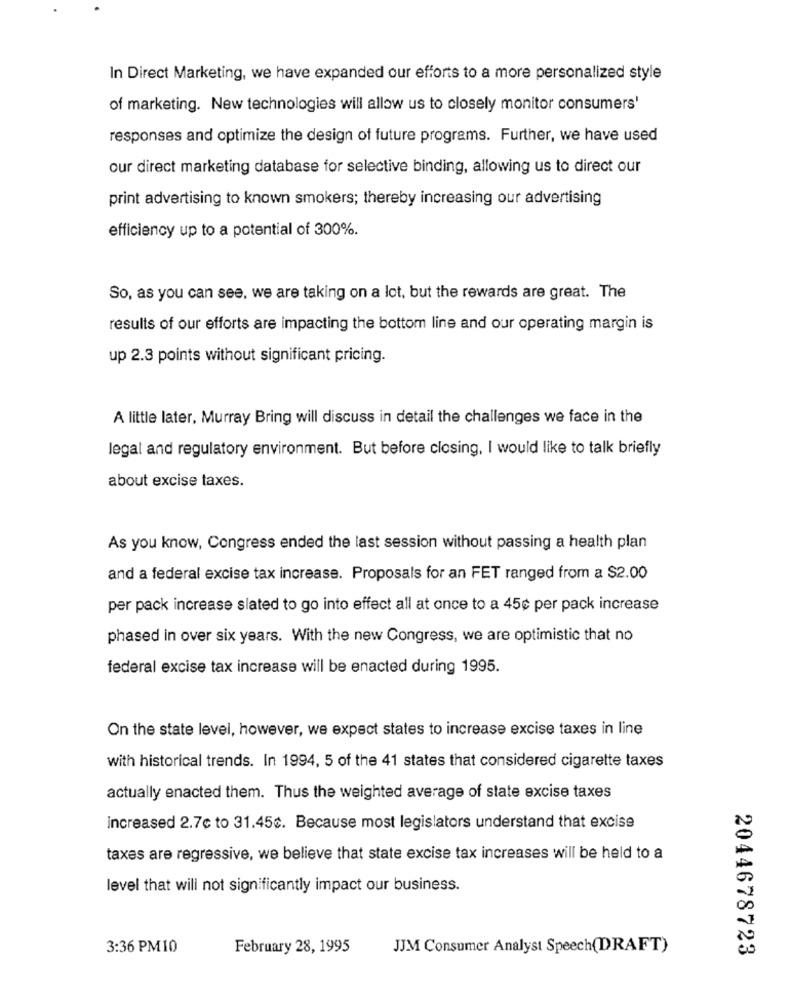
In Direct Marketing, we have expanded our efforts to a more personalized style
of marketing. New technologies will allow us to closely monitor consumers'
responses and optimize the design of future programs. Further, we have used
our direct marketing database for selective binding, allowing us to direct our
print advertising to known smokers; thereby increasing our advertising
efficiency up to a potential of 300%.
So, as you can see, we are taking on a lot, but the rewards are great. The
results of our efforts are impacting the bottom line and our operating margin is
up 2.3 points without significant pricing.
A little later, Murray Bring will discuss in detail the challenges we face in the
legal and regulatory environment. But before closing, I would like to talk briefly
about excise taxes.
As you know, Congress ended the last session without passing a health plan
and a federal excise tax increase. Proposals for an FET ranged from a $2.00
per pack increase slated to go into effect all at once to a 45¢ per pack increase
phased in over six years. With the new Congress, we are optimistic that no
federal excise tax increase will be enacted during 1995.
On the state level, however, we expect states to increase excise taxes in line
with historical trends. In 1994, 5 of the 41 states that considered cigarette taxes
actually enacted them. Thus the weighted average of state excise taxes
increased 2.7c to 31.45c. Because most legislators understand that excise
taxes are regressive, we believe that state excise tax increases will be held to a
level that will not significantly impact our business.
3:36 PM10
February 28, 1995
JJM Consumer Analyst Speech(DRAFT)
2044678723